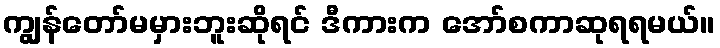
ကျွန်တော်မမှားဘူးဆိုရင် ဒီကားက အော်စကာဆုရရမယ်။